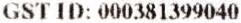
GST ID: 000381399040